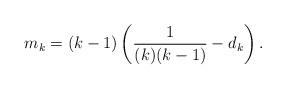
LaTeX: \begin{align*}m_k = (k-1)\left( \frac{1}{(k)(k-1)}-d_k \right).\end{align*}